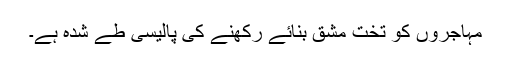
مہاجروں کو تخت مشق بنائے رکھنے کی پالیسی طے شدہ ہے۔